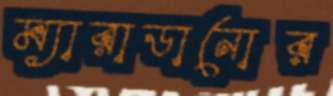
ম্যারাডানোর